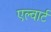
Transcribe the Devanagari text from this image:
एल्वार्ट